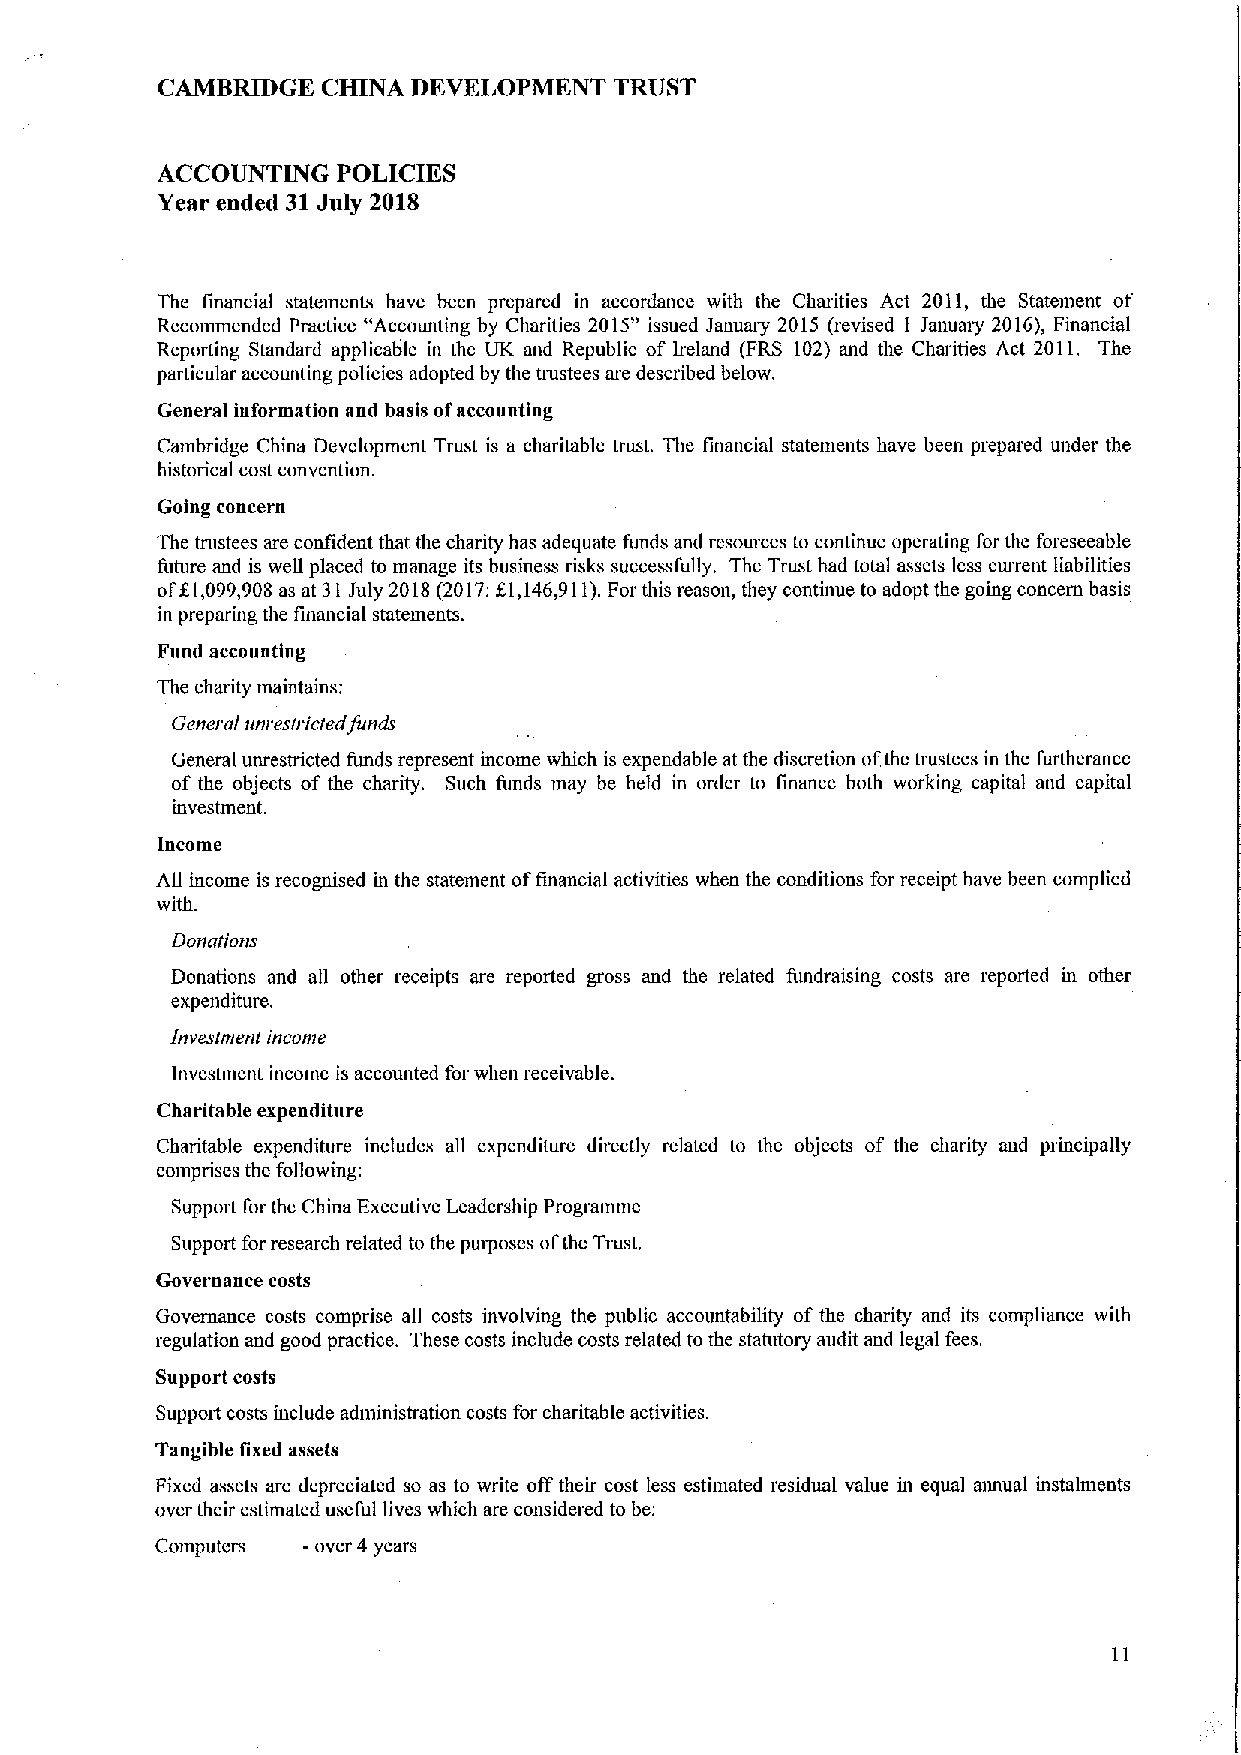
CAMBRIDGE  CHINA DEVELOPMENT   TRUST
 ACCOUNTING  POLICIES
 Year ended 31July 2018
 The financial statements have been prepared in accordance with the Charities Act 2011, the Statement of
 Recommended Practice "Accounting by Charities 2015"issued January 2015 (revised I January 2016), Financial
 Reporting Standard applicable in the UK and Republic of ireland (FRS 102) and the Charities Act 2011, The
 particular accounting policies adopted by the nttstees are described below.
 General iuformation and basis ofaccounting
 Cambridge China Development Trust is a charitable trust. The financial statements have been prepared under the
 historical cost convention.
 Going concern
 The trustees are confident that the charity has adequate funds and resources to continue operating for the foreseeable
 future and is well placed to manage its business risks successfully. The Trust had total assets less cmrent liabilities
 of81,099,908 as at 31 July 2018(2017:f,l,146,911).For this reason, they continue to adopt the going concern basis
 in preparing the financial statements.
 Fund accounting
 The charity maintains:
 General unrestricted funds
 General unrestricted funds represent income which is expendable at the discretion ofthe nustees in the furtherance
 of the objects of the charity. Such funds may be held in order to finance both working capital and capital
 investment.
 lncoine
 All income is recognised in the statement offinancial activities when the conditions for receipt have been complied
 with.
 Donations
 Donations and all other receipts are reported gross and the related fundraising costs are reported in other
 expenditure.
 Investment income
 lnvesnnent income is accounted for when receivable.
 Charitable expenditure
 Charitable expenditure includes all expenditure directly related to the objects of the charity and principally
 comprises the following;
 Support for the China Executive Leadership Progt amme
 Support for research related to the puqioses ofthe Tmst.
 Governance costs
 Governance costs comprise all costs involving the public accountability of the charity and its compliance with
 regulation and good practice. These costs include costs related to the statutory audit and legal fees.
 Support costs
 Support costs include administration costs for charitable activities.
 Tangible fixed assets
 Fixed assets are depreciated so as to write off their cost less estimated residual value in equal annual instalments
 over their estimated useful lives which are considered to be:
 Computers -over 4 years
 11